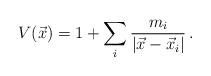
LaTeX: \begin{align*}V(\vec{x})= 1 +\sum_{i}\frac{m_{i}}{|\vec{x}-\vec{x}_{i}|}\, .\end{align*}